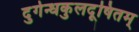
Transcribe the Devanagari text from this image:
दुर्गन्धकुलदूषितम्